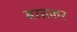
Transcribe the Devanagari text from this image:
बरतकर